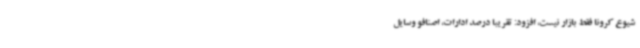
شیوع کرونا فقط بازار نیست، افزود: تقریبا درصد ادارات، اصنافو وسایل